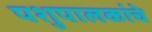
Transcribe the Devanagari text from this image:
पशुपालकांचे